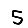
Digit: 5